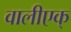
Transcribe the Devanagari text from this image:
वालीएक्